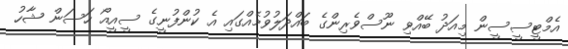
އެމްޓީސީސީން މިއަދު ބޭއްވި ނޫސްވެރިންގެ ބައްދަލުވުމެއްގައި އެ ކުންފުނީގެ ސީއީއޯ ހަސަން ޝާހު